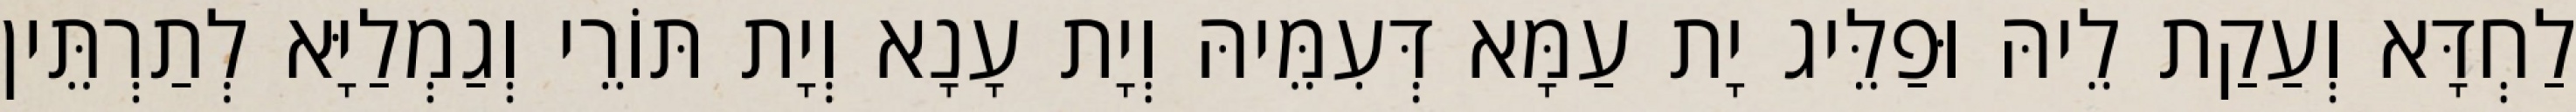
לַחְדָּא וְעַקַת לֵיהּ וּפַלֵּיג יָת עַמָּא דְּעִמֵּיהּ וְיָת עָנָא וְיָת תּוֹרֵי וְגַמְלַיָּא לְתַרְתֵּין